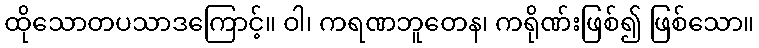
ထိုသောတပသာဒကြောင့်။ ဝါ၊ ကရဏဘူတေန၊ ကရိုဏ်းဖြစ်၍ ဖြစ်သော။